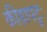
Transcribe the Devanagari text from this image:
कीड़ापटुः